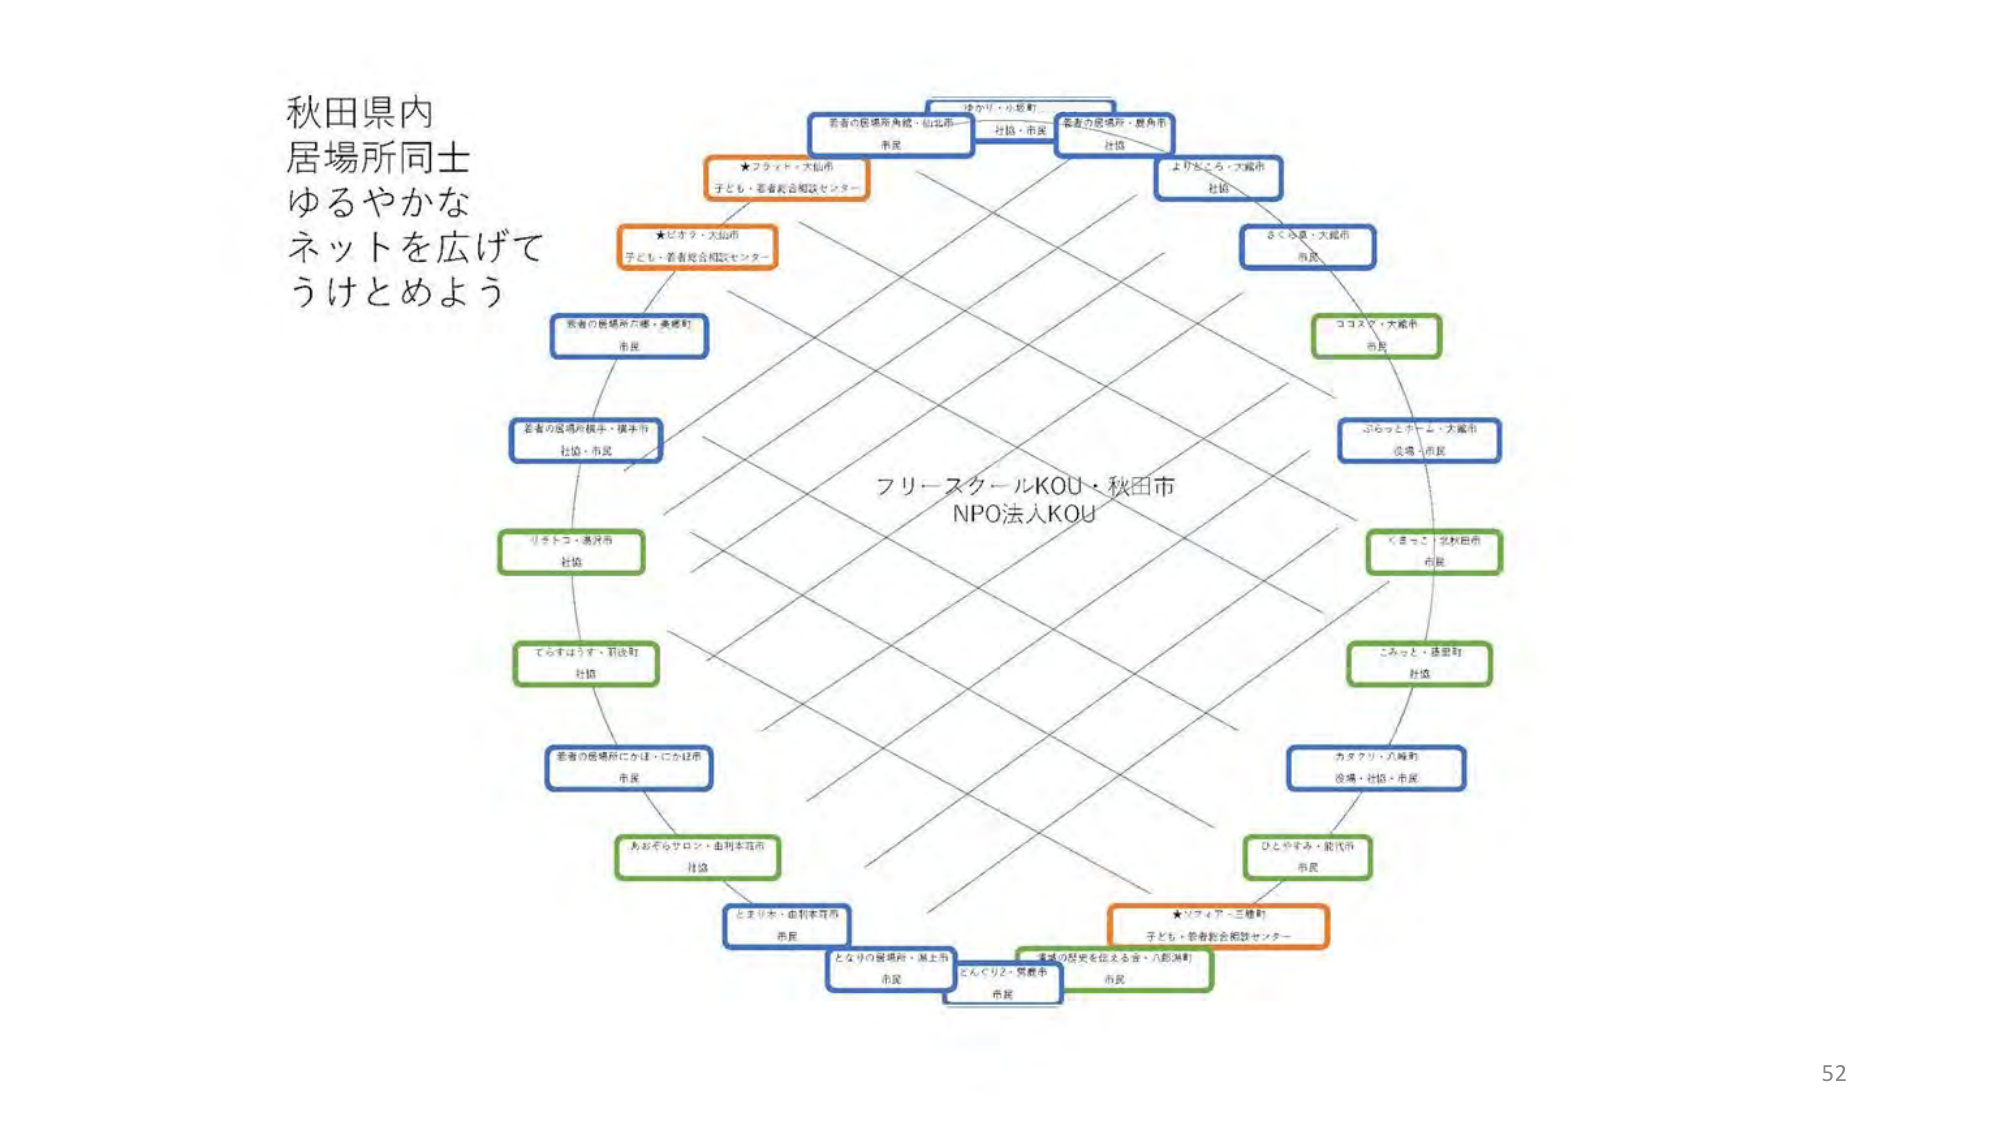
秋田県内
居場所同士
ゆるやかな
ネットを広げて
うけとめよう

★フクット・大仙市
子ども・若者総合相談センター

★ビオタ・大仙市
子ども・若者総合相談センター

若者の居場所六郷・美郷町
市民

若者の居場所横手・横手市
社協・市民

リラトコ・湯沢市
社協

てらすはうす・羽後町
社協

若者の居場所にかほ・にかほ市
市民

あおぞらサロン・由利本荘市
社協

とまり木・由利本荘市
市民

となりの居場所・潟上市
市民

とんぐり2・男鹿市
市民

まちの居場所を伝える会・八郎潟町
市民

★ソフィア・三種町
子ども・若者総合相談センター

ひとやすみ・能代市
市民

カタクリ・八峰町
役場・社協・市民

こみっと・蓬田町
社協

くまっこ｜学校田市
市民

ぷらっとホーム・大館市
役場・市民

ココスマ・大館市
市民

さくら愛・大館市
市民

よりどころ・大館市
社協

若者の居場所角館・仙北市
市民

ゆかり・小坂町
社協・市民

若者の居場所・鹿角市
社協

フリースクールKOU・秋田市
NPO法人KOU

52